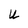
Character: U